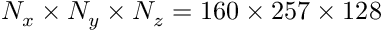
N _ { x } \times N _ { y } \times N _ { z } = 1 6 0 \times 2 5 7 \times 1 2 8